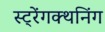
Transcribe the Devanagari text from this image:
स्ट्रेंगक्थनिंग